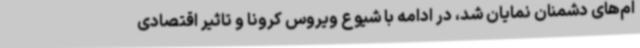
ام‌های دشمنان نمایان شد، در ادامه با شیوع ویروس کرونا و تاثیر اقتصادی